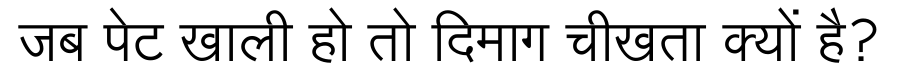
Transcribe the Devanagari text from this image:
जब पेट खाली हो तो दिमाग चीखता क्यों है?